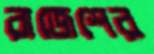
রাজেশের